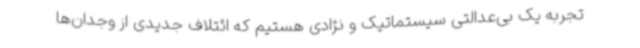
تجربه یک بی‌عدالتی سیستماتیک و نژادی هستیم که ائتلاف جدیدی از وجدان‌ها